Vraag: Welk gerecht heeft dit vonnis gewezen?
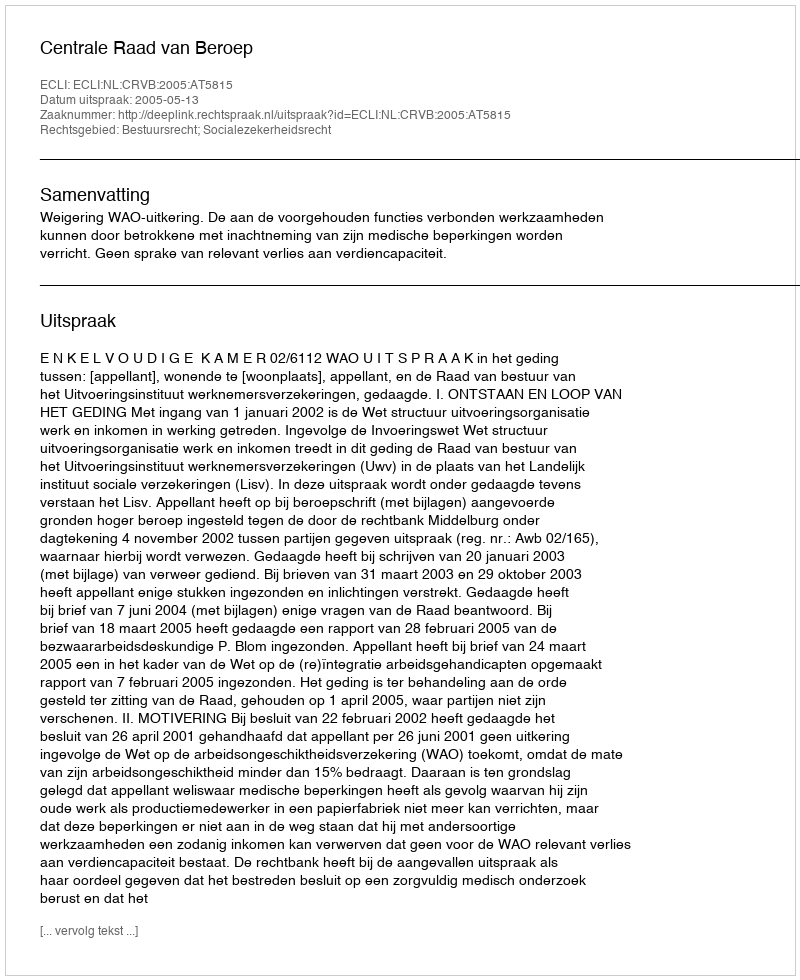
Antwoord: Centrale Raad van Beroep